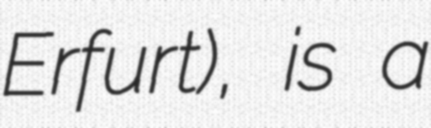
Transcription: Erfurt), is a